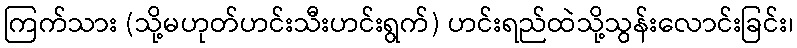
ကြက်သား (သို့မဟုတ်ဟင်းသီးဟင်းရွက်) ဟင်းရည်ထဲသို့သွန်းလောင်းခြင်း၊